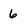
Character: 6